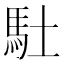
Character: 𩡶